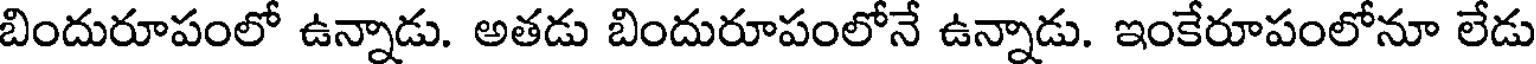
బిందురూపంలో ఉన్నాడు. అతడు బిందురూపంలోనే ఉన్నాడు. ఇంకేరూపంలోనూ లేడు